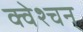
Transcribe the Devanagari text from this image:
क्वेश्चन्‌